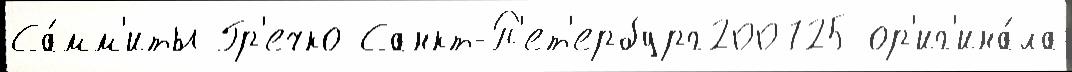
Са́мм'иты Гр'ечко Санкт-П'ет'ербург200725 ор'иг'ина́ла